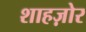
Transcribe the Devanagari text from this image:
शाहज़ोर